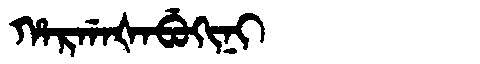
Manchu: ᡥᠠᡵᡤᠠᡧᠠᠪᡠᡴᡳᠨᡳ
Romanization: HARGAŠABUKINI